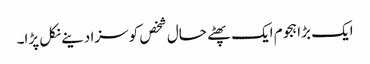
ایک بڑا ہجوم ایک پھٹے حال شخص کو سزا دینے نکل پڑا۔